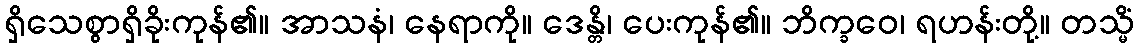
ရှိသေစွာရှိခိုးကုန်၏။ အာသနံ၊ နေရာကို။ ဒေန္တိ၊ ပေးကုန်၏။ ဘိက္ခဝေ၊ ရဟန်းတို့။ တသ္မိံ